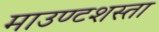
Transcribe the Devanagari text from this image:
माउण्टशस्ता